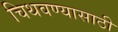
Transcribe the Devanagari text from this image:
चिथवण्यासाठी